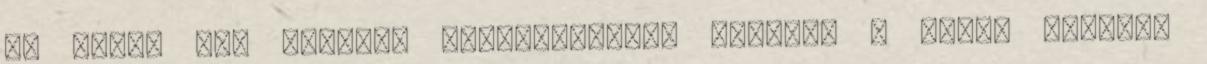
Ez pedig nem katonai repülőgépként üzemel, a másik viszont